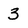
Character: 3